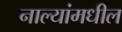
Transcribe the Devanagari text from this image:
नाल्यांमधील